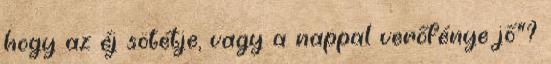
hogy az éj sötétje, vagy a nappal verőfénye jő"?